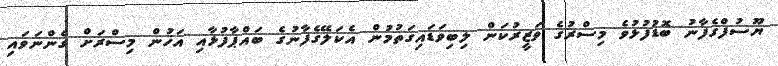
ޔޫސުފްގެފާނު ބޮޑުފުޅުވެ މިސްރުގެ ވަޒީރުކަން ލިބިވަޑައިގަތުމުން އެކަލޭގެފާނުގެ ބައްޕާފުޅާއި އަޚުން މިސްރަށް ގެންނަވައި